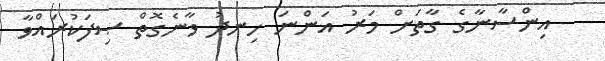
އިންސާނާގެ ގާތަށް މަރު އަންނަ ހިނދު ވާނެގޮތް ޞިފަކުރައްވާ